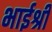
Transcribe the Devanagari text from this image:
भाईश्री